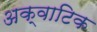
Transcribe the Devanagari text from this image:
अक्वाटिक